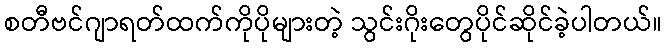
စတီဗင်ဂျာရတ်ထက်ကိုပိုများတဲ့ သွင်းဂိုးတွေပိုင်ဆိုင်ခဲ့ပါတယ်။